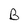
Character: B